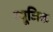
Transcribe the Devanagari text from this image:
म्‍यूजि़क